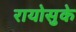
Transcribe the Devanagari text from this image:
रायोसुके